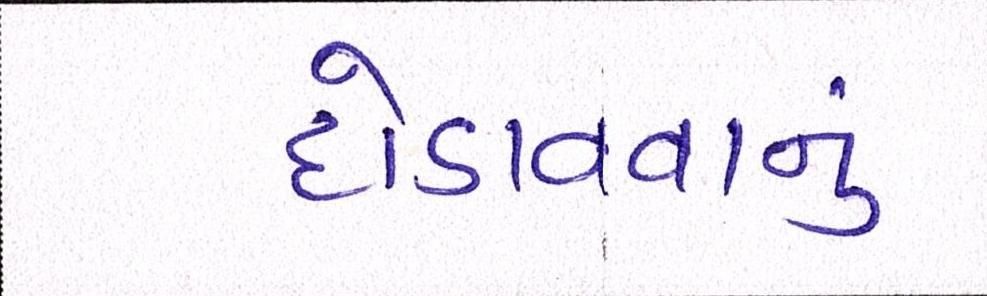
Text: દોડાવવાનું